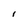
Character: I